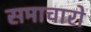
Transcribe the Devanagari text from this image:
समाचारो